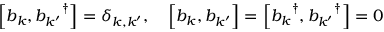
\left[ b _ { k } , { b _ { k ^ { \prime } } } ^ { \dagger } \right] = \delta _ { k , k ^ { \prime } } , \quad { \Big [ } b _ { k } , b _ { k ^ { \prime } } { \Big ] } = \left[ { b _ { k } } ^ { \dagger } , { b _ { k ^ { \prime } } } ^ { \dagger } \right] = 0